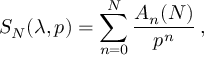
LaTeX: S _ { N } ( \lambda , p ) = \sum _ { n = 0 } ^ { N } { \frac { A _ { n } ( N ) } { p ^ { n } } } \, ,